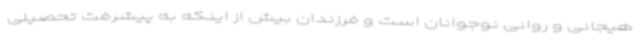
هیجانی و روانی نوجوانان است و فرزندان بیش از اینکه به پیشرفت تحصیلی